Annual administration report of the Civil Veterinary Department of India - 1897-1898
Year: 1897
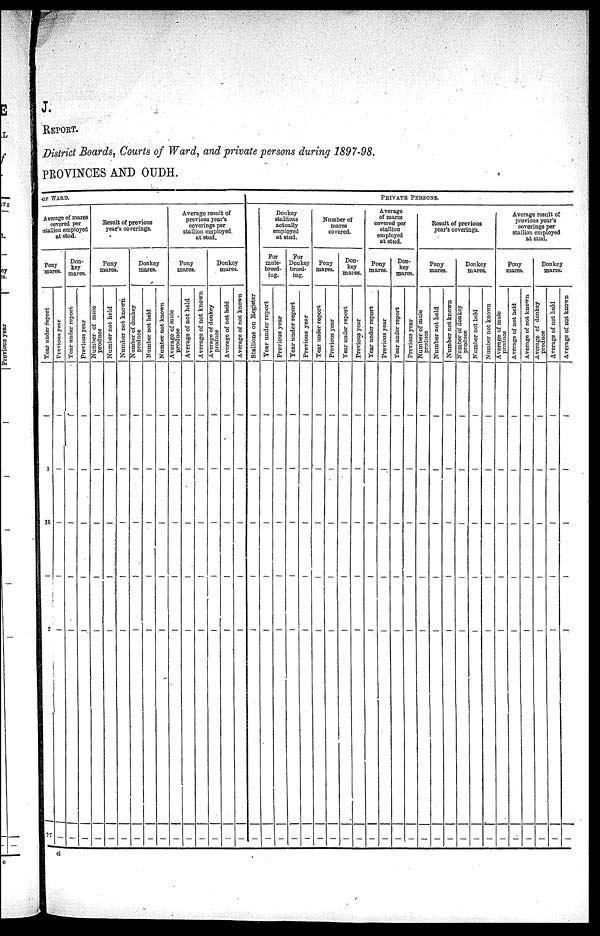
J.
REPORT.
District Boards, Courts of Ward, and private persons during 1897—98.
PROVINCES AND OUDH.
OF WARD
Average of mares
covered per
stallion employed
at stud.
Pony
mares.
Year
under report
—
1
19
2
7. 7
Previous year
—
—
—
—
—
—
Don-
key
mares.
Year under report
—
—
—
—
—
—
Previous year
—
—
—
—
—
—
Result of previous
year's coverings.
Pony
mares.
Number of mule
produce
—
—
—
—
—
—
Number not held
—
—
—
—
—
—
Number not known
—
—
—
—
—
—
Donkey
mares.
Number of donkey
produce
—
—
—
—
—
—
Number not held
—
—
—
—
—
—
Number not known
—
—
—
—
—
—
Average result of
previous year's
coverings per
stallion employed.
at stud.
Pony
mares.
Average of mule
produce
—
—
—
—
—
—
Average of not held
—
—
—
—
—
—
Average of not known
—
—
—
—
—
—
Donkey
mares.
Average of donkey
produce
—
—
—
—
—
—
Average of not held
—
—
—
—
—
—
Average of not known
—
—
—
—
—
—
Stallions on Register
—
—
—
—
—
—
PRIVATE PERSONS.
Donkey
stallions
actually
employed
at stud.
For
mule-
breed-
ing.
Year under report
—
—
—
—
—
—
Previous year
—
—
—
—
—
—
For
Donkey
breed-
ing.
Tear under report
—
—
—
—
—
—
Previous year
—
—
—
—
—
—
Number of
mares
covered.
Pony
mares.
Tear under report
—
—
—
—
—
—
Previous year
—
—
—
—
—
—
Don-
key
mares.
Year under report
—
—
—
—
—
—
Previous year
—
—
—
—
—
—
Average
of mares
covered per
stallion
employed
at stud.
Pony
mares.
Year under report
—
—
—
—
—
—
Previous year
—
—
—
—
—
—
Don-
key
mares.
Year under report
—
—
—
—
—
—
Previous year
—
—
—
—
—
—
Result of previous
year's coverings.
Pony
mares.
Number of mule
produce
—
—
—
—
—
Number not held
—
—
—
—
—
—
Number not known
—
—
—
—
—
—
Donkey
mares.
Number of donkey
produce
—
—
—
—
—
—
Number not held
—
—
—
—
—
—
Number not known
—
—
—
—
—
—
Average result of
previous year's
coverings per
stallion employed
at stud.
Pony
mares.
Average of mule
produce
—
—
—
—
—
—
Average of not held
—
—
—
—
—
—
Average of not known
—
—
—
—
—
—
Donkey
mares.
Average of donkey
produce
—
—
—
—
—
Average of not held
—
—
—
—
—
—
Average of not known
—
—
—
—
—
—
ci